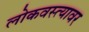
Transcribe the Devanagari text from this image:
लोकवस्त्यावर